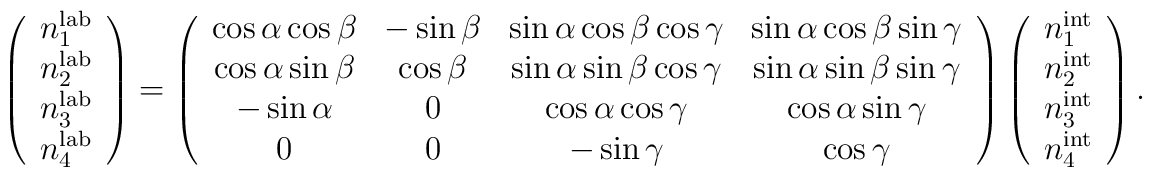
\left(\begin{array}{c}n_{1}^{\rm lab} \\n_{2}^{\rm lab} \\n_{3}^{\rm lab} \\n_{4}^{\rm lab}\end{array}\right)=\left(\begin{array}{cccc}\cos\alpha\cos\beta & -\sin\beta & \sin\alpha\cos\beta\cos\gamma & \sin\alpha\cos\beta\sin\gamma \\\cos\alpha\sin\beta & \cos\beta & \sin\alpha\sin\beta\cos\gamma & \sin\alpha\sin\beta\sin\gamma \\-\sin\alpha & 0 & \cos\alpha\cos\gamma & \cos\alpha\sin\gamma \\0 & 0 & -\sin\gamma & \cos\gamma\end{array}\right)\left(\begin{array}{c}n_{1}^{\rm int} \\n_{2}^{\rm int} \\n_{3}^{\rm int} \\n_{4}^{\rm int}\end{array}\right).